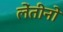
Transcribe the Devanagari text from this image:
लेंतीनो